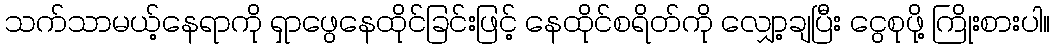
သက်သာမယ့်နေရာကို ရှာဖွေနေထိုင်ခြင်းဖြင့် နေထိုင်စရိတ်ကို လျှော့ချပြီး ငွေစုဖို့ ကြိုးစားပါ။